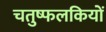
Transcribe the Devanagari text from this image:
चतुष्फलकियों